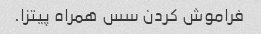
فراموش کردن سس همراه پیتزا.